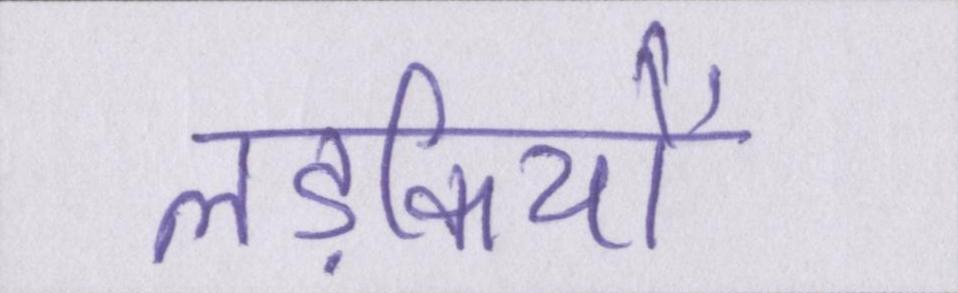
लड़कियों